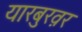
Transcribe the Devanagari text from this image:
यारबुख़र